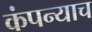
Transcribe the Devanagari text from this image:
कंपन्याच